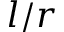
l / r